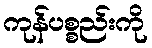
ကုန်ပစ္စည်းကို